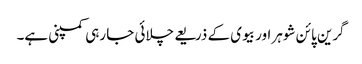
گرین پائن شوہر اور بیوی کے ذریعے چلائی جا رہی کمپنی ہے۔